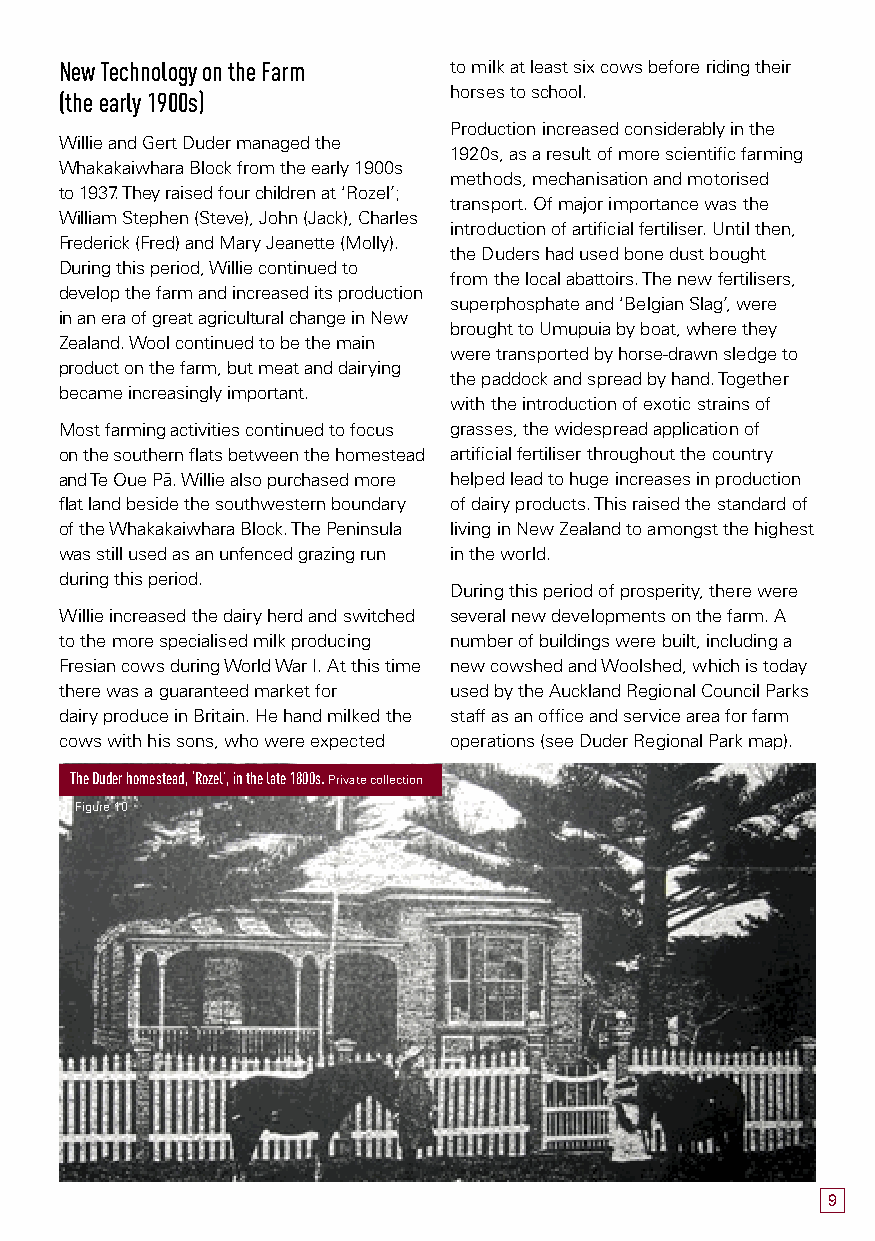
New Technology on the Farm to milk at least six cows before riding their
 (the early 1900s)         horses to school.
 Production increased considerably in the
 Willie and Gert Duder managed the
 1920s, as a result of more scientific farming
 Whakakaiwhara Block from the early 1900s
 methods, mechanisation and motorised
 to 1937. They raised four children at ‘Rozel’;
 transport. Of major importance was the
 William Stephen (Steve), John (Jack), Charles
 introduction of artificial fertiliser. Until then,
 Frederick (Fred) and Mary Jeanette (Molly).
 the Duders had used bone dust bought
 During this period, Willie continued to
 from the local abattoirs. The new fertilisers,
 develop the farm and increased its production
 superphosphate and ‘Belgian Slag’, were
 in an era of great agricultural change in New
 brought to Umupuia by boat, where they
 Zealand. Wool continued to be the main
 were transported by horse-drawn sledge to
 product on the farm, but meat and dairying
 the paddock and spread by hand. Together
 became increasingly important.
 with the introduction of exotic strains of
 Most farming activities continued to focus grasses, the widespread application of
 on the southern flats between the homestead artificial fertiliser throughout the country
 and Te Oue Pä. Willie also purchased more helped lead to huge increases in production
 flat land beside the southwestern boundary of dairy products. This raised the standard of
 of the Whakakaiwhara Block. The Peninsula living in New Zealand to amongst the highest
 was still used as an unfenced grazing run in the world.
 during this period.
 During this period of prosperity, there were
 Willie increased the dairy herd and switched several new developments on the farm. A
 to the more specialised milk producing number of buildings were built, including a
 Fresian cows during World War I. At this time new cowshed and Woolshed, which is today
 there was a guaranteed market for used by the Auckland Regional Council Parks
 dairy produce in Britain. He hand milked the staff as an office and service area for farm
 cows with his sons, who were expected operations (see Duder Regional Park map).
 The Duder homestead, ‘Rozel’, in the late 1800s. Private collection
 Figure 10
 9